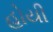
હોયી